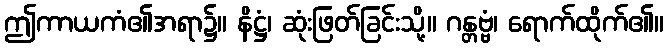
ဤကာယကံ၏အရာ၌။ နိဋ္ဌံ၊ ဆုံးဖြတ်ခြင်းသို့။ ဂန္တဗ္ဗံ၊ ရောက်ထိုက်၏။